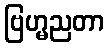
ဗြဟ္မညတာ